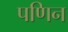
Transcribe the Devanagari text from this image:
पणिन